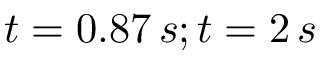
t = 0 . 8 7 \, s ; t = 2 \, s